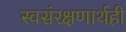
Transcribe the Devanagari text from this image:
स्वसंरक्षणार्थही